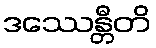
ဒဿေန္တီတိ